Indian journal of veterinary science and animal husbandry - Volume 14,
Year: 1944
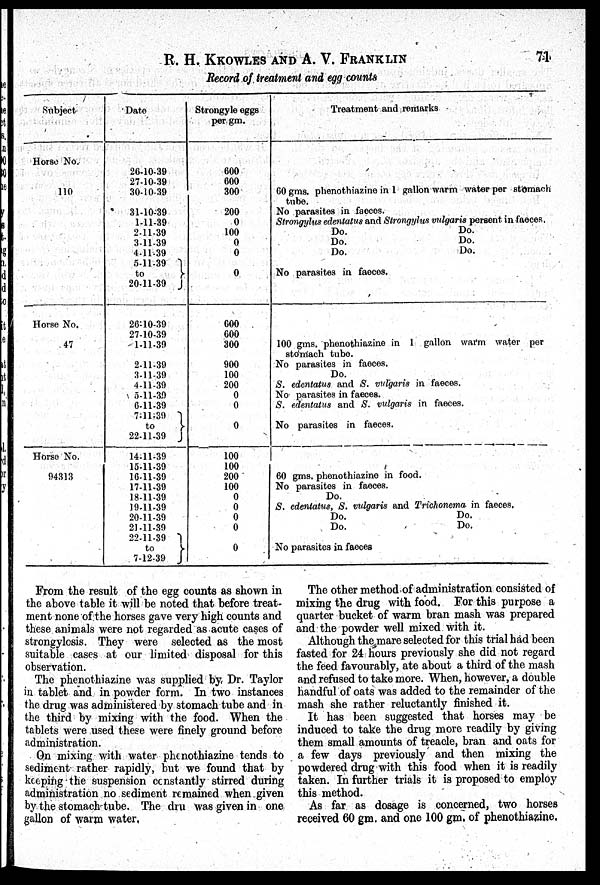
R. H. KKOWLES AND A. V. FRANKLIN 71
Record of treatment and egg counts
Subject
Horse No.
110
Horse No.
47
Horse No.
94313
Date
26-10-39
27-10-39
30-10-39
31-10-39
1-11-39
2-11-39
3-11-39
4-11-39
5-11-39
to
}
20-11-39
26-10-39
27-10-39
1-11-39
2-11-39
3-11-39
4-11-39
5-11-39
6-11-39
7-11-39
to }
22-11-39
14-11-39
15-11-39
16-11-39
17-11-39
18-11-39
19-11-39
20-11-39
21-11-39
22-11-39
to
}
7-12-39
Strongyle eggs
per gm.
600
600
300
200
0
100
0
0
0
600
600
300
900
100
200
0
0
0
100
100
200
100
0
0
0
0
0
Treatment and remarks
60 gms. phenothiazine in 1 gallon warm water per stomach
tube.
No parasites in faeces.
Strongylus edentatus and Strongylus vulgaris persent in faeces.
Do.
Do.
Do.
Do.
Do.
Do.
No parasites in faeces.
100 gms. phenothiazine in 1 gallon warm water per
stomach tube.
No parasites in faeces.
Do.
S. edentatus and S. vulgaris in faeces.
No parasites in faeces.
S. edentatus and S. vulgaris in faeces.
No parasites in faeces.
60 gms. phenothiazine in food.
No parasites in faeces.
Do.
S. edentatus, S. vulgaris and Trichonema in faeces.
Do.
Do.
Do.
Do.
No parasites in faeces
From the result of the egg counts as shown in
the above table it will be noted that before treat-
ment none of the horses gave very high counts and
these animals were not regarded as acute cases of
strongylesis. They were selected as the most
suitable cases at our limited disposal for this
observation.
The phenothiazine was supplied by Dr. Taylor
in tablet and in powder form. In two instances
the drug was administered by stomach tube and in
the third by mixing with the food. When the
tablets were used these were finely ground before
administration.
On mixing with water phenothiazine tends to
sediment rather rapidly, but we found that by
keeping the suspension constantly stirred during
administration no sediment remained when given
by the stomach tube. The dru was given in one
gallon of warm water,
The other method of administration consisted of
mixing the drug with food. For this purpose a
quarter bucket of warm bran mash was prepared
and the powder well mixed with it.
Although the mare selected for this trial had been
fasted for 24 hours previously she did not regard
the feed favourably, ate about a third of the mash
and refused to take more. When, however, a double
handful of oats was added to the remainder of the
mash she rather reluctantly finished it.
It has been suggested that horses may be
induced to take the drug more readily by giving
them small amounts of treacle, bran and oats for
a few days previously and then mixing the
powdered drug with this food when it is readily
taken. In further trials it is proposed to employ
this method.
As far as dosage is concerned, two horses
received 60 gm. and one 100 gm. of phenothiazine.